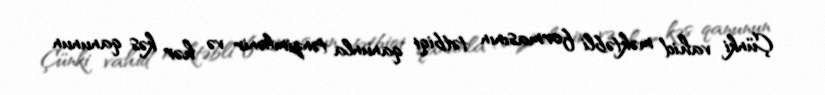
Çünki vahid məktəbli formasının tətbiqi qanunla tənzimlənir və hər kəs qanunun